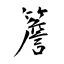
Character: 簷